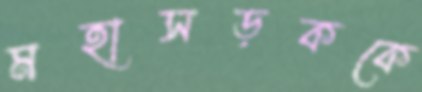
মহাসড়ককে